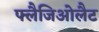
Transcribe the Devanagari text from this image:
फ्लैजिओलैट